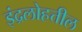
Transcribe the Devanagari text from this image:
इंद्रलोहत्तील